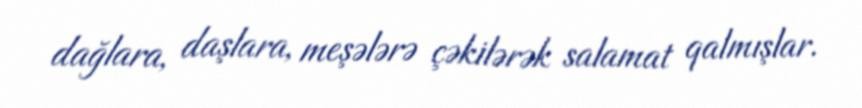
dağlara, daşlara, meşələrə çəkilərək salamat qalmışlar.